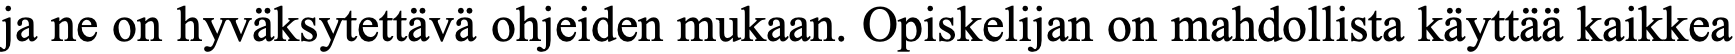
ja ne on hyväksytettävä ohjeiden mukaan. Opiskelijan on mahdollista käyttää kaikkea